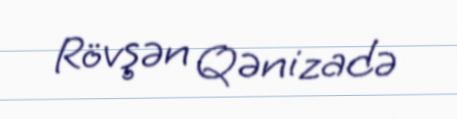
Rövşən Qənizadə